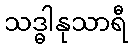
သဒ္ဓါနုသာရီ